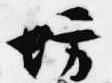
坊